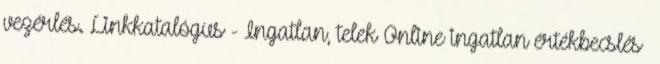
vezérlés. Linkkatalógus - Ingatlan, telek Online ingatlan értékbecslés